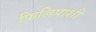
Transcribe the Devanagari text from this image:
फिलिपाशी